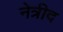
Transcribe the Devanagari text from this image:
नेत्रीद